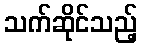
သက်ဆိုင်သည့်